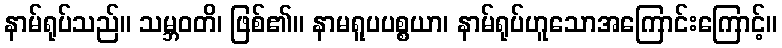
နာမ်ရုပ်သည်။ သမ္ဘဝတိ၊ ဖြစ်၏။ နာမရူပပစ္စယာ၊ နာမ်ရုပ်ဟူသောအကြောင်းကြောင့်။